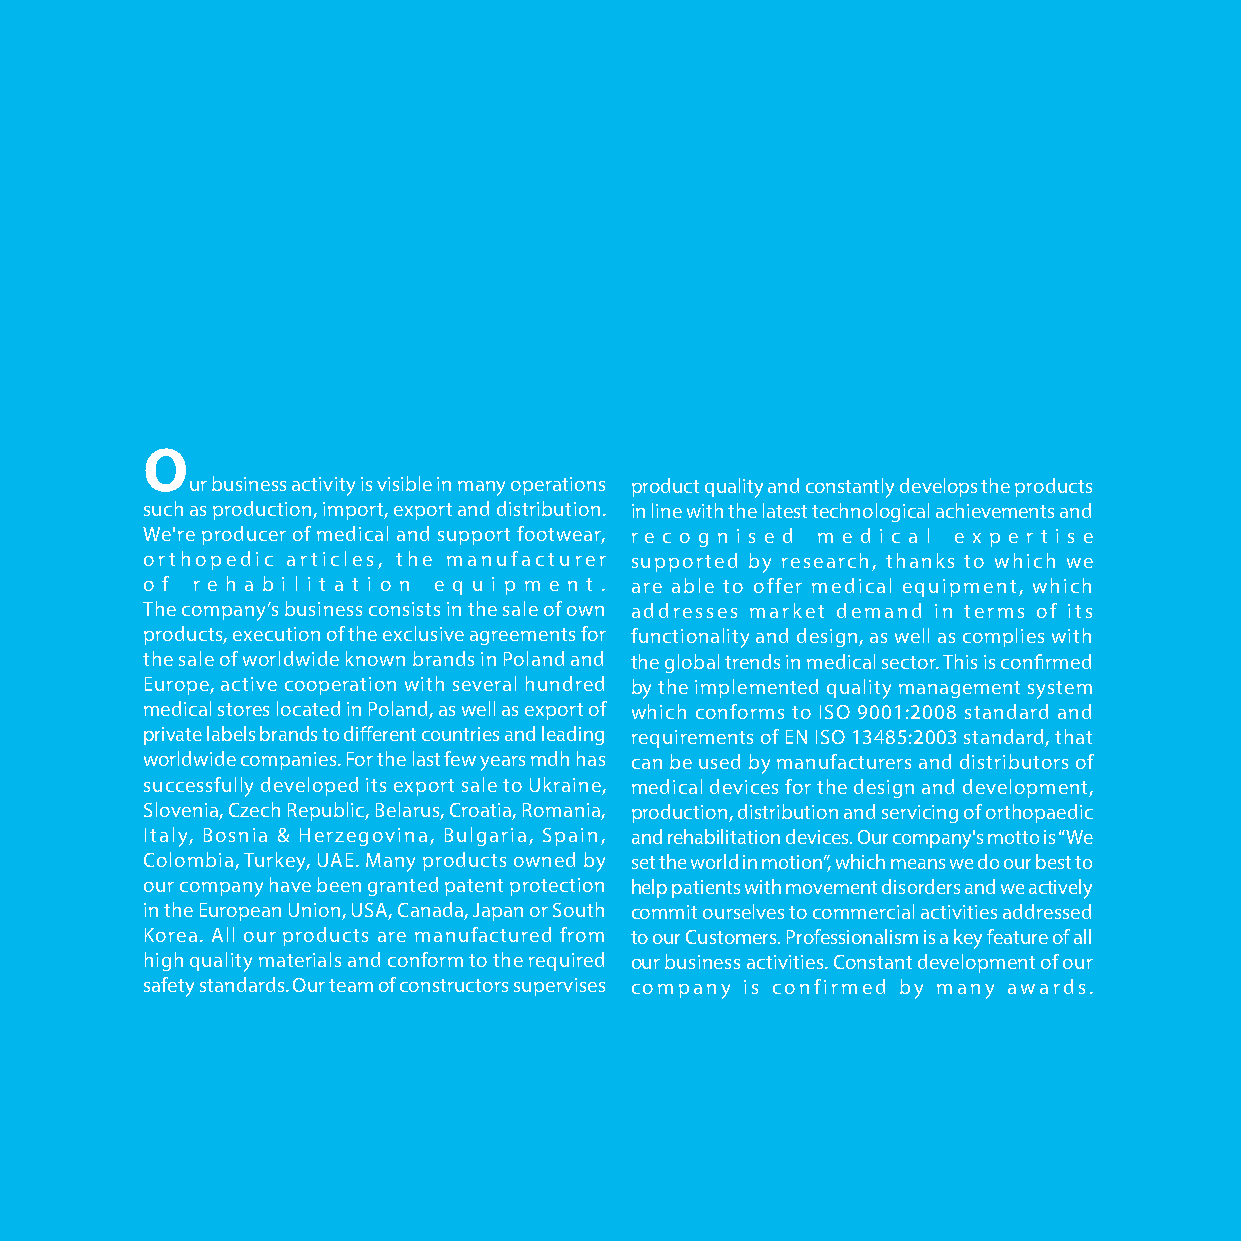
O
 ur business activity is visible in many operations product quality and constantly develops the products
 such as production, import, export and distribution. in line with the latest technological achievements and
 We're producer of medical and support footwear, r e c o g n i s e d m e d i c a l e x p e r t i s e
 orthopedic articles, the manufacturer supported by research, thanks to which we
 o f r e h a b i l i t a t i o n e q u i p m e n t . are able to offer medical equipment, which
 The company’s business consists in the sale of own addresses market demand in terms of its
 products, execution of the exclusive agreements for functionality and design, as well as complies with
 the sale of worldwide known brands in Poland and the global trends in medical sector. This is confirmed
 Europe, active cooperation with several hundred by the implemented quality management system
 medical stores located in Poland, as well as export of which conforms to ISO 9001:2008 standard and
 private labels brands to different countries and leading requirements of EN ISO 13485:2003 standard, that
 worldwide companies. For the last few years mdh has can be used by manufacturers and distributors of
 successfully developed its export sale to Ukraine, medical devices for the design and development,
 Slovenia, Czech Republic, Belarus, Croatia, Romania, production, distribution and servicing of orthopaedic
 Italy, Bosnia & Herzegovina, Bulgaria, Spain, and rehabilitation devices. Our company's motto is “We
 Colombia, Turkey, UAE. Many products owned by set the world in motion”, which means we do our best to
 our company have been granted patent protection help patients with movement disorders and we actively
 in the European Union, USA, Canada, Japan or South commit ourselves to commercial activities addressed
 Korea. All our products are manufactured from to our Customers. Professionalism is a key feature of all
 high quality materials and conform to the required our business activities. Constant development of our
 safety standards. Our team of constructors supervises company is confirmed by many awards.